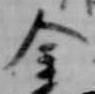
金